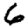
Digit: 6